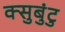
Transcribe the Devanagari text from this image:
क्सुबुंटु